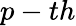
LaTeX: p-th